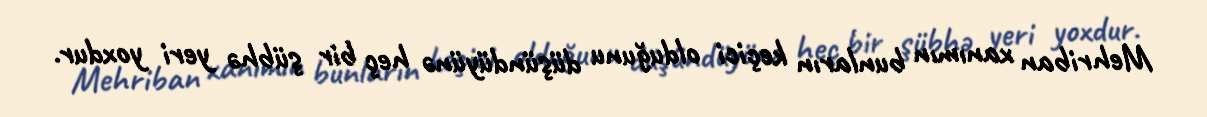
Mehriban xanımın bunların keçici olduğunu düşündüyünə heç bir şübhə yeri yoxdur.